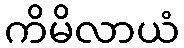
ကိမိလာယံ